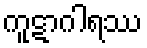
ကူဋာဂါရဿ